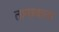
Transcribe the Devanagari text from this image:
तानाबाता